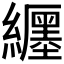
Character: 𬘉